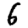
Digit: 6